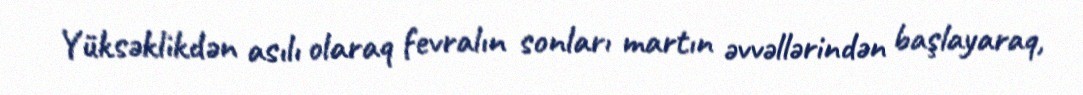
Yüksəklikdən asılı olaraq fevralın sonları martın əvvəllərindən başlayaraq,